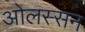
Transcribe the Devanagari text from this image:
ओलस्सन